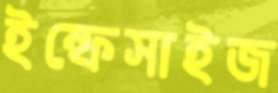
ইম্ফেসাইজ